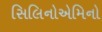
સિલિનોએમિનો